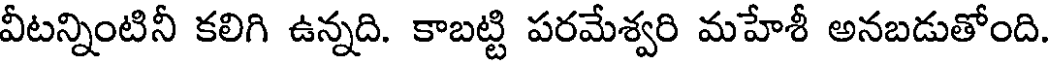
వీటన్నింటినీ కలిగి ఉన్నది. కాబట్టి పరమేశ్వరి మహేశీ అనబడుతోంది.